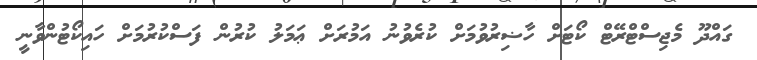
ގައްދޫ މެޖިސްޓްރޭޓް ކޯޓަށް ހާޟިރުވުމަށް ކުރެވުނު އަމުރަށް ޢަމަލު ކުރުން ފަސްކުރުމަށް ހައިކޯޓުންވާނީ